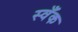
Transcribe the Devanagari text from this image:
स्वँक